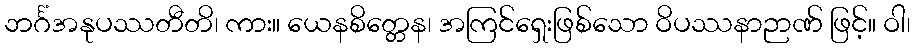
ဘင်္ဂံအနုပဿတီတိ၊ ကား။ ယေနစိတ္တေန၊ အကြင်ရှေးဖြစ်သော ဝိပဿနာဉာဏ် ဖြင့်။ ဝါ၊